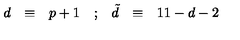
\begin{array} { c c c c c c c } { d } & { \equiv } & { p + 1 } & { ; } & { { \tilde { d } } } & { \equiv } & { 1 1 - d - 2 } \\ \end{array}